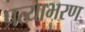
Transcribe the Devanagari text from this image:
प्रत्याभरण